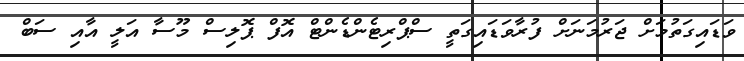
ވަޑައިގަތުމަށް ޖަރުމަނަށް ފުރާވަޑައިގަތީ ސްޕްރިޓެންޑެންޓް އޮފް ޕޮލިސް މޫސާ އަލީ އާއި ސަބް